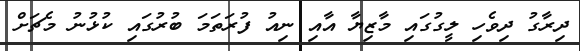
ދިރާގު ދިވެހި ލީގުގައި މާޒިޔާ އާއި ނިއު ފުރަތަމަ ބުރުގައި ކުޅުނު މެޗަށް